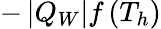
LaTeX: -\left|Q_{W}\right|f\left(T_{h}\right)